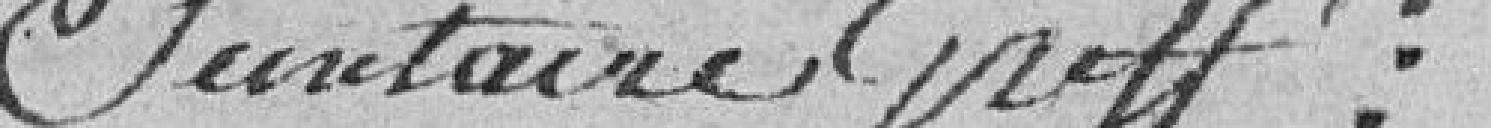
Secrétaire greffier